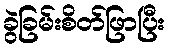
ခွဲခြမ်းစိတ်ဖြာပြီး